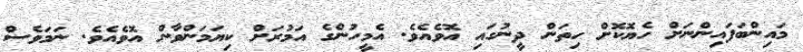
މައިންބަފައިންނަށް ހެޔޮކޮށް ހިތަން ދީނުގައި އޮވެއެވެ. އެމީހުންގެ އަމުރަށް ކިޔަމަންވާން އޮވެއެވެ. ނަމަވެސް